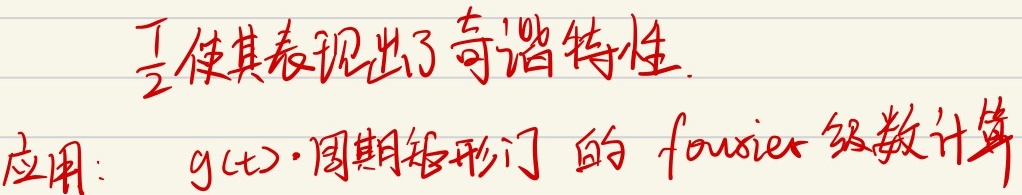
$\frac{T}{2}$使其表现出了奇谐特性。应用：$g(t)\cdot$周期矩形门的fourier级数计算

（不过这里“fourier”拼写有误，正确应为“Fourier” ，若需修正，可将其改为“Fourier” ）